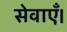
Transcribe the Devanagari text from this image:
सेवाएँ।